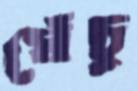
ঘেঁচু